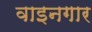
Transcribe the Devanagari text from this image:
वाइनगार